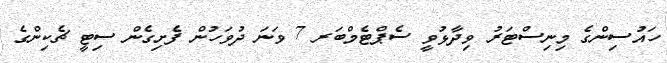
ހައުސިންގެ މިނިސްޓަރު ވިދާޅުވީ ސެޕްޓެމްބަރ 7 ވަނަ ދުވަހުން ފެށިގެން ސިޓީ ޗެކިންގެ